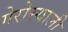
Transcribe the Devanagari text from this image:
गेरोस्थाली